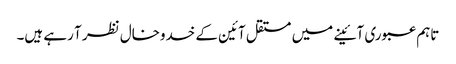
تاہم عبوری آئینے میں مستقل آئین کے خدوخال نظر آ رہے ہیں۔